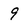
Character: 9